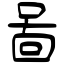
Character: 啚